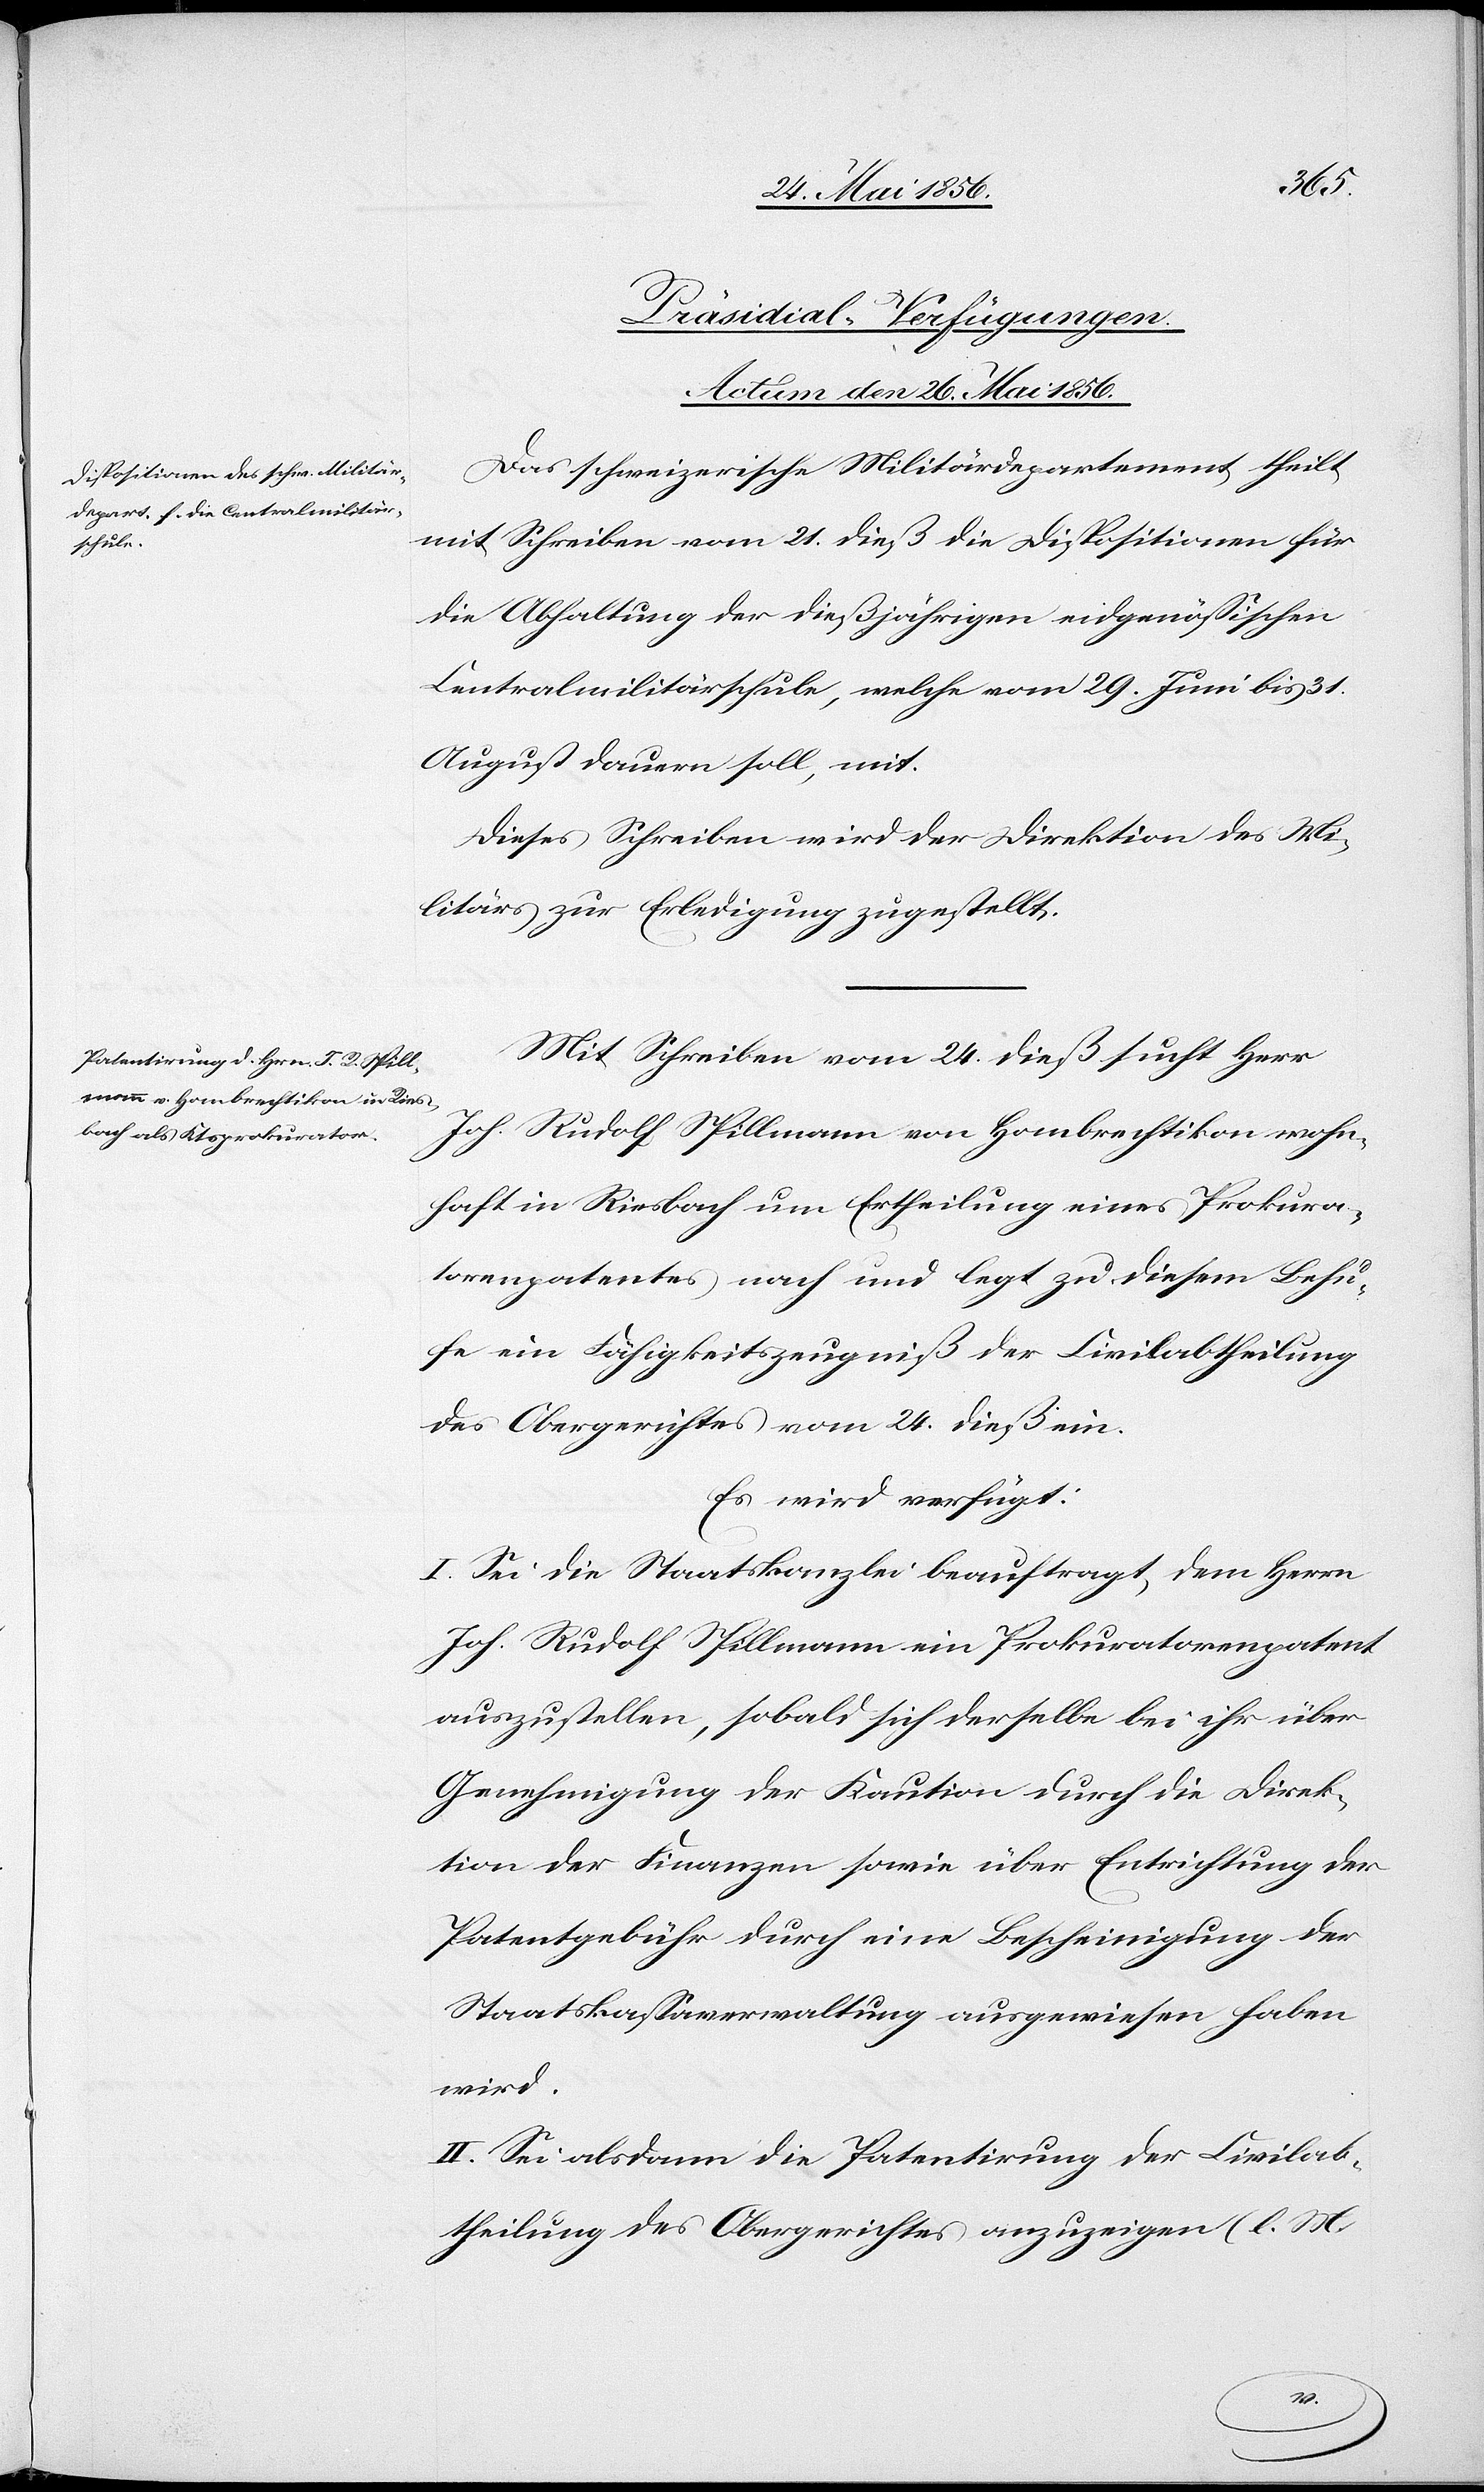
[Präsidial-Verfügungen.
Actum den 26. Mai 1856.]
Das schweizerische Militärdepartement theilt
mit Schreiben vom 21. dieß die Dispositionen für
die Abhaltung der dießjährigen eidgenössischen
Centralmilitärschule, welche vom 29. Juni bis 31.
August dauern soll, mit.
Dieses Schreiben wird der Direktion des Mi¬
litärs zur Erledigung zugestellt.
Mit Schreiben vom 24. dieß sucht Herr
Joh. Rudolf Spillmann von Hombrechtikon wohn¬
haft in Riesbach um Ertheilung eines Prokura¬
torenpatentes nach und legt zu diesem Behu¬
fe ein Fähigkeitszeugniß der Civilabtheilung
des Obergerichtes vom 24. dieß ein.
Es wird verfügt:
I. Sei die Staatskanzlei beauftragt, dem Herrn
Joh. Rudolf Spillmann ein Prokuratorenpatent
auszustellen, sobald sich derselbe bei ihr über
Genehmigung der Kaution durch die Direk¬
tion der Finanzen sowie über Entrichtung der
Patentgebühr durch eine Bescheinigung der
Staatskassaverwaltung ausgewiesen haben
wird.
II. Sei alsdann die Patentirung der Civilab¬
theilung des Obergerichtes anzuzeigen (l. M.